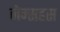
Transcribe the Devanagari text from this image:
जेम्सहस